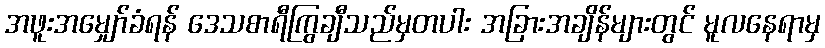
အဖူးအမျှော်ခံရန် ဒေသစာရီကြွချီသည်မှတပါး အခြားအချိန်များတွင် မူလနေရာမှ